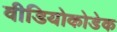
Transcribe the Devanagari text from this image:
वीडियोकोडेक